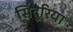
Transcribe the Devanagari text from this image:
सिंदुरिया